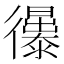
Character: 忁